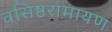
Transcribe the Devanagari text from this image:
वसिष्ठरामायण